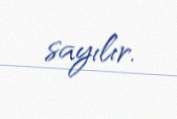
sayılır.